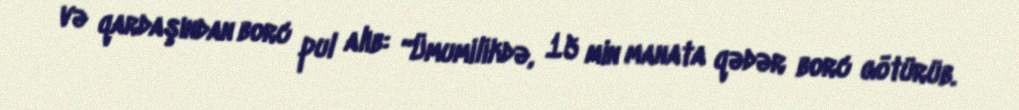
və qardaşından borc pul alıb: “Ümumilikdə, 15 min manata qədər borc götürüb.